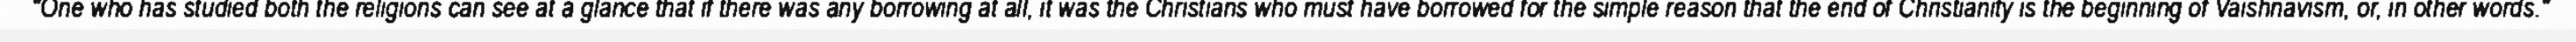
"One who has studied both the religions can see at a glance that if there was any borrowing at all, it was the Christians who must have borrowed for the simple reason that the end of Christianity is the beginning of Vaishnavism, or, in other words."